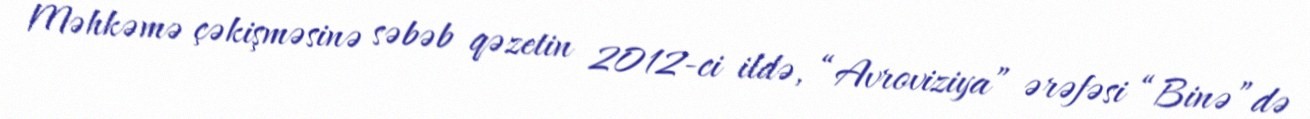
Məhkəmə çəkişməsinə səbəb qəzetin 2012-ci ildə, “Avroviziya” ərəfəsi “Binə”də